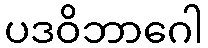
ပဒဝိဘာဂေါ